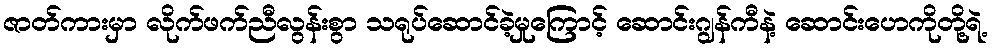
ဇာတ်ကားမှာ လိုက်ဖက်ညီလွန်းစွာ သရုပ်ဆောင်ခဲ့မှုကြောင့် ဆောင်းဂျွန်ကီနဲ့ ဆောင်းဟေကိုတို့ရဲ့